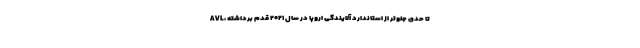
AVL، تا حدی جلوتر از استاندارد آلایندگی اروپا در سال ۲۰۲۱ قدم برداشته